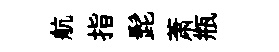
航指髭萧瓶